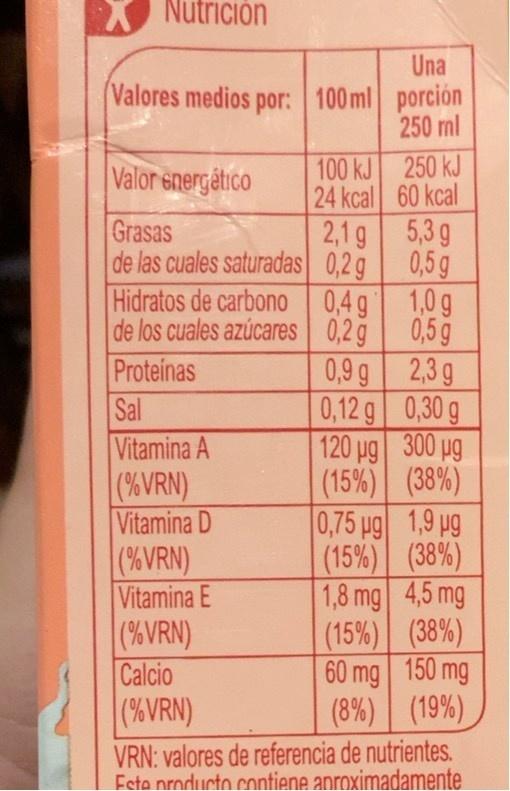
Nutrición
Una Valores medios por: 100 ml porción 250 ml
100 kJ 250 kJ 24 kcal 60 kcal 2,1 g 5,3g de las cuales saturadas 0,2 g 0,5 g Hidratos de carbono 0,4g 1,0g de los cuales azúcares 0,2 g
Valor energático
Grasas
Proteinas Sal Vitamina A |(%VRN) Vitamina D (%VRN) Vitamina E (%VRN) Calcio |(%VRN)
0,5 g 0,9 g 2,3g 0,12 g 0,30 g 120 pg 300 pg (15%) (38%) 0,75 ug 1,9 pg (15%) (38%) 1,8 mg 4,5 mg (15%) (38%) 60 mg 150 mg (8%) (19%)
VRN: valores de referencia de nutrientes. Feta nroducto contiene aproximadamente